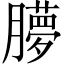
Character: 䑅